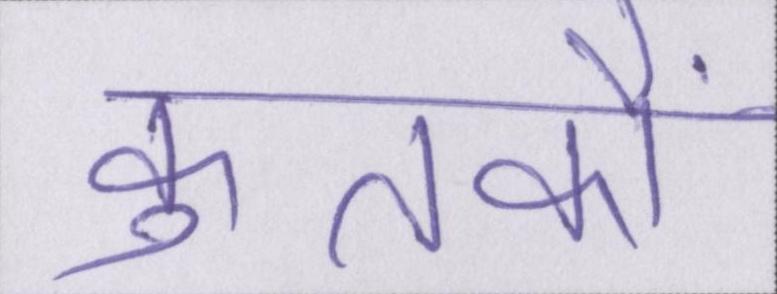
कुतर्कों